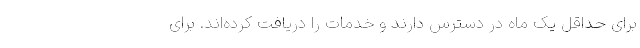
برای حداقل یک ماه در دسترس دارند و خدمات را دریافت کرده‌اند. برای